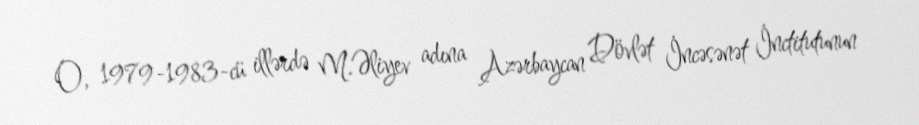
O, 1979-1983-cü illərdə M.Əliyev adına Azərbaycan Dövlət İncəsənət İnctitutunun